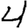
Digit: 4